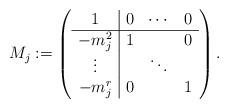
LaTeX: \begin{align*}M_j:=\left( \begin{array}{c|ccc} 1&0&\cdots&0\\ \hline -m_{j}^2&1&&0 \\ \vdots&&\ddots& \\ -m_{j}^r&0&&1 \end{array} \right). \end{align*}